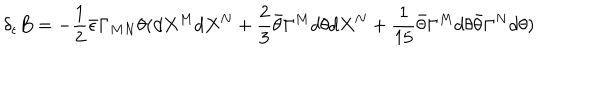
\delta _ { \epsilon } B = - { \frac { 1 } { 2 } } \bar { \epsilon } \Gamma _ { M N } \theta ( d X ^ { M } d X ^ { N } + { \frac { 2 } { 3 } } \bar { \theta } \Gamma ^ { M } d \theta d X ^ { N } + { \frac { 1 } { 1 5 } } \bar { \theta } \Gamma ^ { M } d \theta \bar { \theta } \Gamma ^ { N } d \theta )